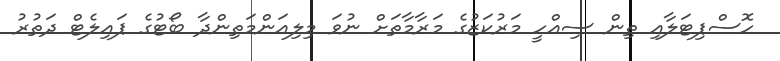
ހޮސްޕިޓަލާއި ތިން ސިއްހީ މަރުކަޒުގެ މަރާމާތަށް ނުވަ މިލިއަންމަތިންދާ ބޯޓުގެ ޕައިލެޓް ދަތުރު